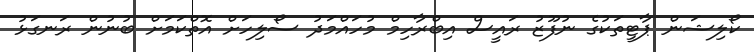
ކޯލިޝަން ޕާޓީތަކުގެ ނުފޫޒު ރައީސް އިބްރާހިމް މުހައްމަދު ސޯލިހަށް އޮތްކަމަށް ބުނުން ރަނގަޅު